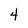
Character: 4